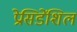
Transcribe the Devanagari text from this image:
प्रेसिडेंशिल